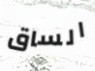
الساق